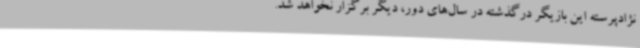
نژادپرسته این بازیگر درگذشته در سال‌های دور، دیگر برگزار نخواهد شد.